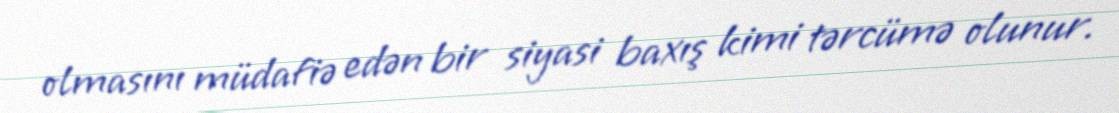
olmasını müdafiə edən bir siyasi baxış kimi tərcümə olunur.